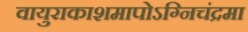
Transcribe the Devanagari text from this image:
वायुराकाशमापोऽग्‍निचंद्रमा